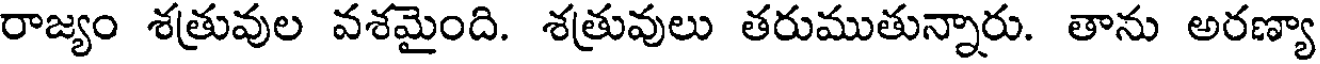
రాజ్యం శత్రువుల వశమైంది. శత్రువులు తరుముతున్నారు. తాను అరణ్యా